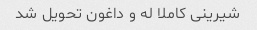
شیرینی کاملا له و داغون تحویل شد